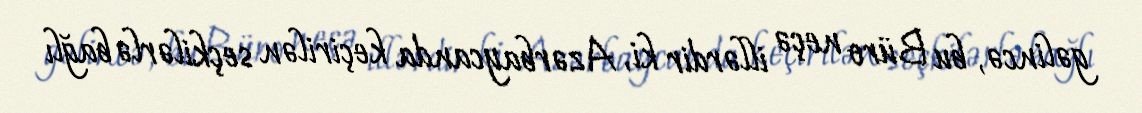
gəlincə, bu Büro neçə illərdir ki, Azərbaycanda keçirilən seçkilərlə bağlı